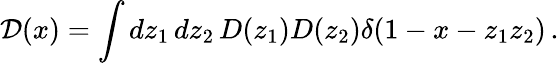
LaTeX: {\cal D}(x)=\int dz_{1}\, dz_{2}\, D(z_{1})D(z_{2})\delta(1-x-z_{1}z_{2})\, .